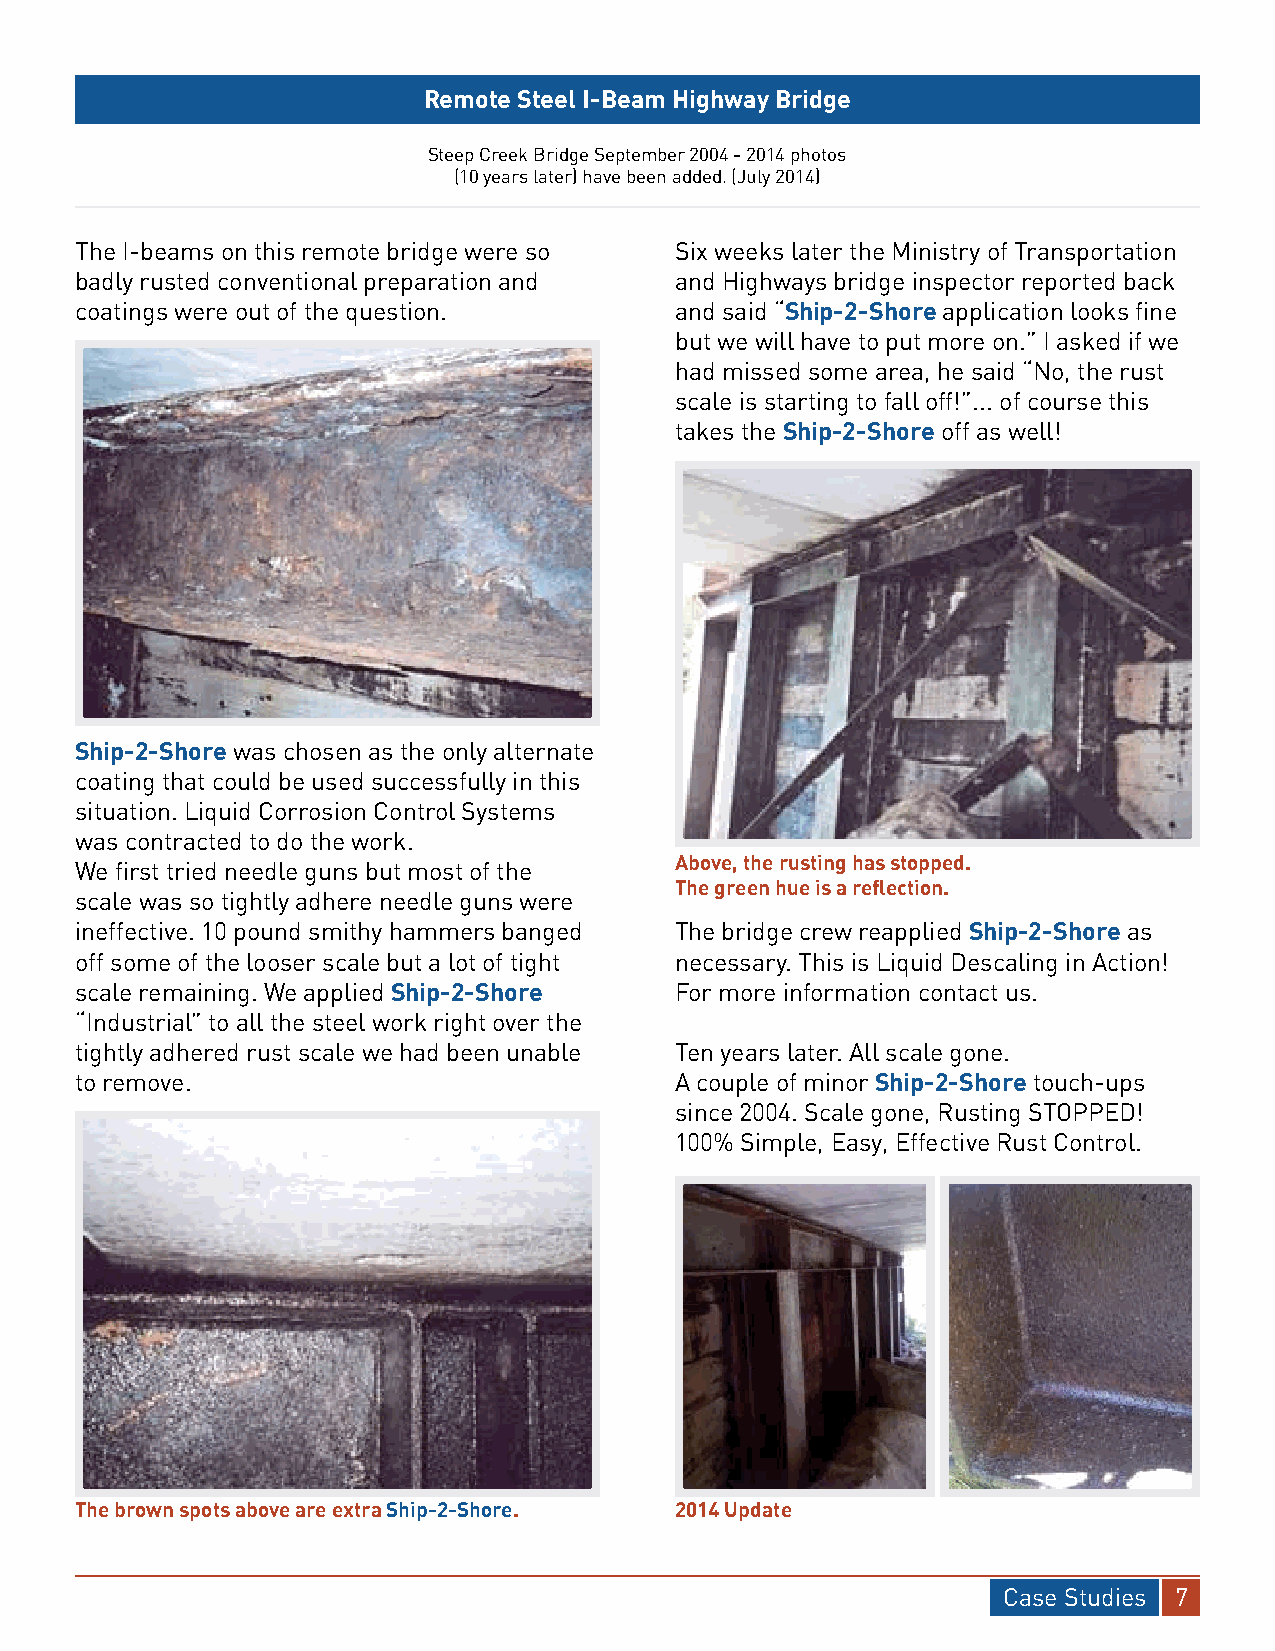
Remote Steel I-Beam Highway Bridge
 Steep Creek Bridge September 2004 - 2014 photos
 (10 years later) have been added. (July 2014)
 The I-beams on this remote bridge were so Six weeks later the Ministry of Transportation
 badly rusted conventional preparation and and Highways bridge inspector reported back
 coatings were out of the question.      and said “Ship-2-Shore application looks fine
 but we will have to put more on.” I asked if we
 had missed some area, he said “No, the rust
 scale is starting to fall off!”... of course this
 takes the Ship-2-Shore off as well!
 Ship-2-Shore was chosen as the only alternate
 coating that could be used successfully in this
 situation. Liquid Corrosion Control Systems
 was contracted to do the work.
 Above, the rusting has stopped.
 We first tried needle guns but most of the
 The green hue is a reflection.
 scale was so tightly adhere needle guns were
 ineffective. 10 pound smithy hammers banged The bridge crew reapplied Ship-2-Shore as
 off some of the looser scale but a lot of tight necessary. This is Liquid Descaling in Action!
 scale remaining. We applied Ship-2-Shore For more information contact us.
 “Industrial” to all the steel work right over the
 tightly adhered rust scale we had been unable Ten years later. All scale gone.
 to remove.                              A couple of minor Ship-2-Shore touch-ups
 since 2004. Scale gone, Rusting STOPPED!
 100% Simple, Easy, Effective Rust Control.
 The brown spots above are extra Ship-2-Shore. 2014 Update
 Case Studies 7